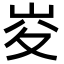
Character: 𡶣